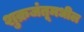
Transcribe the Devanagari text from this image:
शुक्रजंतूमधील